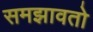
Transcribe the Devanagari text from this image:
समझावतो